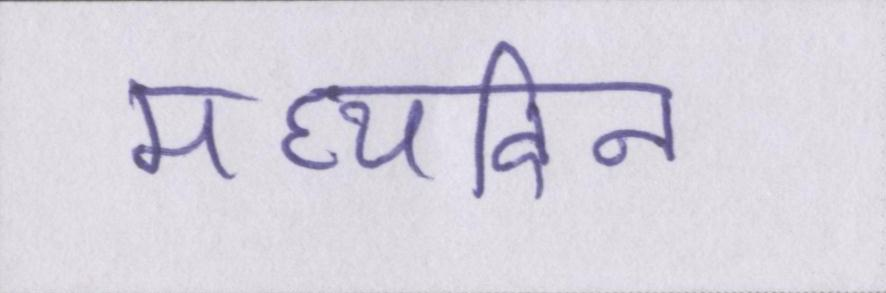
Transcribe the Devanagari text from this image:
मध्यदिन